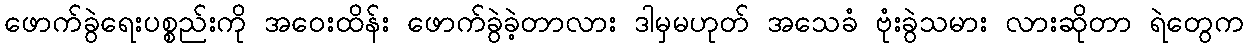
ဖောက်ခွဲရေးပစ္စည်းကို အဝေးထိန်း ဖောက်ခွဲခဲ့တာလား ဒါမှမဟုတ် အသေခံ ဗုံးခွဲသမား လားဆိုတာ ရဲတွေက